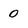
Character: 0